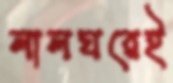
লালঘরেই